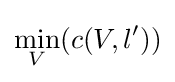
\min _{V}(c(V,l^{\prime }))